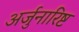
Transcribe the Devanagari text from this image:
अर्जुनारिष्ट